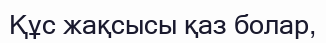
Құс жақсысы қаз болар,